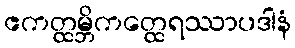
ဧကတ္ထမ္ဘိကတ္ထေရဿာပဒါနံ